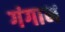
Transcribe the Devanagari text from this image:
गंगाभ